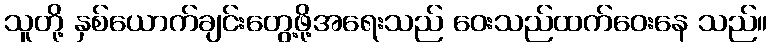
သူတို့ နှစ်ယောက်ချင်းတွေ့ဖို့အရေးသည် ဝေးသည်ထက်ဝေးနေ သည်။